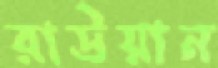
রাউয়ান